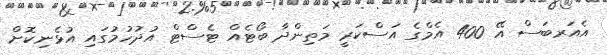
އެއަރބަސް އޭ 400 އެމްގެ އަސްކަރީ މަތިންދާ ބޯޓެއް ޓެސްޓް އުދުހުމުގައި އުޅެނިކޮށް